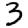
Digit: 3